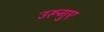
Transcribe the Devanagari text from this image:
उरूगुए